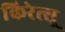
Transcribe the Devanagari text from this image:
किरेत्सू